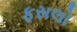
ફસલો